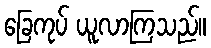
ခြေကုပ် ယူလာကြသည်။